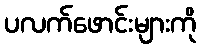
ပလက်ဖောင်းများကို